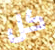
كل